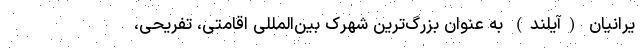
یرانیان (آیلند) به عنوان بزرگ‌ترین شهرک بین‌المللی اقامتی، تفریحی،